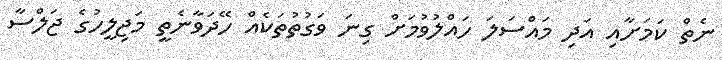
ނެތް ކަމަށާއި އަދި މައްސަލަ ހައްލުވުމަށް ގިނަ ވަގުތުތަކެއް ހޭދަވާނެތީ މަޖިލީހުގެ ޖަލްސާ